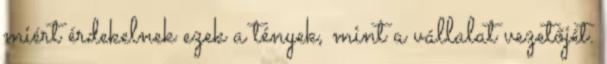
miért érdekelnek ezek a tények, mint a vállalat vezetőjét.